Note on the mental hospitals in Burma - 1925-1940
Year: 1925
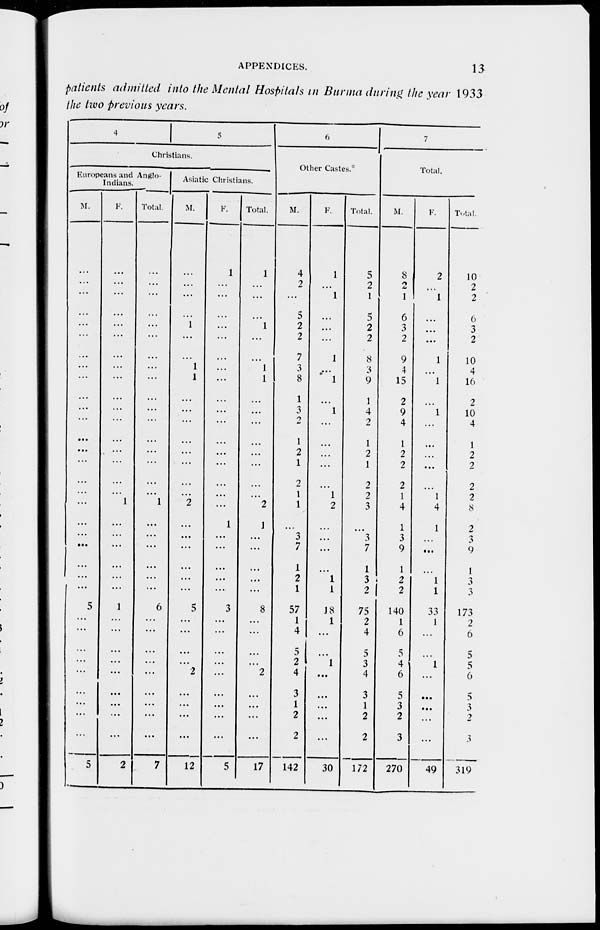
APPENDICES.
13
patients admitted into the Mental Hospitals in Burma during the year 1933
the two previous years.
4
5
Christians.
Europeans and Anglo-
Indians.
M.
...
...
...
...
...
...
...
...
...
...
...
...
...
...
...
...
...
...
...
...
...
...
...
...
5
...
...
...
...
...
...
...
...
...
5
F.
...
...
...
...
...
...
...
...
...
...
...
...
...
...
...
...
...
1
...
...
...
...
...
...
1
...
...
...
...
...
...
...
...
...
2
Total.
...
...
...
...
...
...
...
...
...
...
...
...
...
...
...
...
...
1
...
...
...
...
...
...
6
...
...
...
...
...
...
...
...
...
7
Asiatic Christians.
M.
...
...
...
...
1
...
...
1
1
...
...
...
...
...
...
...
...
2
...
...
...
...
...
...
5
...
...
...
...
2
...
...
...
...
12
F.
1
...
...
...
...
...
...
...
...
...
...
...
...
...
...
...
...
...
1
...
...
...
...
...
3
...
...
...
...
...
...
...
...
...
5
Total.
1
...
...
...
1
...
...
1
1
...
...
...
...
...
...
...
...
2
1
...
...
...
...
...
8
...
...
...
...
2
...
...
...
...
17
6
Other Castes.
M.
4
2
...
5
2
2
7
3
8
1
3
2
1
2
1
2
1
1
...
3
7
1
2
1
57
1
4
5
2
4
3
1
2
2
142
F.
1
...
1
...
...
...
1
...
1
...
1
...
...
...
...
...
1
2
...
...
...
...
1
1
18
1
...
...
1
...
...
...
...
...
30
Total.
5
2
1
5
2
2
8
3
9
1
4
2
1
2
1
2
2
3
...
3
7
1
3
2
75
2
4
5
3
4
3
1
2
2
172
7
Total.
M.
8
...
1
6
3
2
9
4
15
2
9
4
1
2
2
2
1
4
1
3
9
...
2
2
140
1
6
5
4
6
5
3
2
3
270
F.
2
...
1
...
...
...
1
...
1
...
1
...
...
...
...
...
1
4
1
...
...
...
1
1
33
1
...
...
1
...
...
...
...
...
49
Total.
10
2
2
6
3
2
10
4
16
2
10
4
1
2
2
2
2
8
2
3
9
1
3
3
173
2
6
5
5
6
5
3
2
3
319